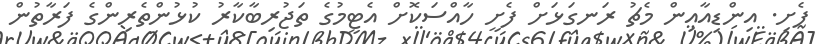
ފެށި. އިންޑިއާއިން މެޗު ރަނގަޅަށް ފެށީ ހާއްސަކޮށް އެޓީމުގެ ތަޖުރިބާކާރު ކުޅުންތެރިންގެ ފަރާތުން